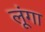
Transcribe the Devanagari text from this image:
लूूंगा